Report on malaria in the Punjab during the year ...  together with an account of the work of the Punjab Malaria Bureau - Volume 4
Disease focus: Malaria
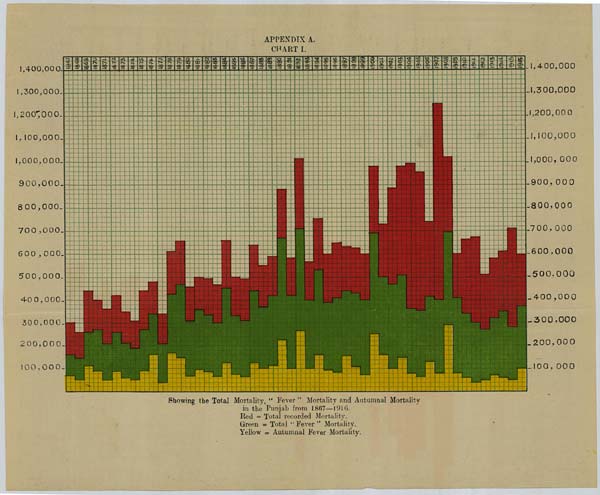
APPENDIX A.
CHART I.
Showing the Total Mortality, "Fever" Mortality and Autumnal Mortality
in the Punjab from 1867—1916.
Red = Total recorded Mortality.
Green = Total "Fever" Mortality.
Yellow = Autumnal Fever Mortality.